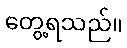
တွေ့ရသည်။